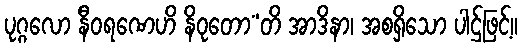
ပုဂ္ဂလော နီဝရဏေဟိ နိဝုတော”တိ အာဒိနာ၊ အစရှိသော ပါဌ်ဖြင့်။